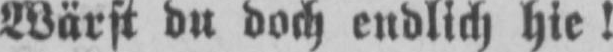
Wärst du doch endlich hie!